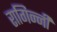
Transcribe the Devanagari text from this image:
रागिन्नी